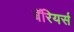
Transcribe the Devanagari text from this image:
बॅरियर्स